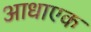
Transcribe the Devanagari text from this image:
आधाएक